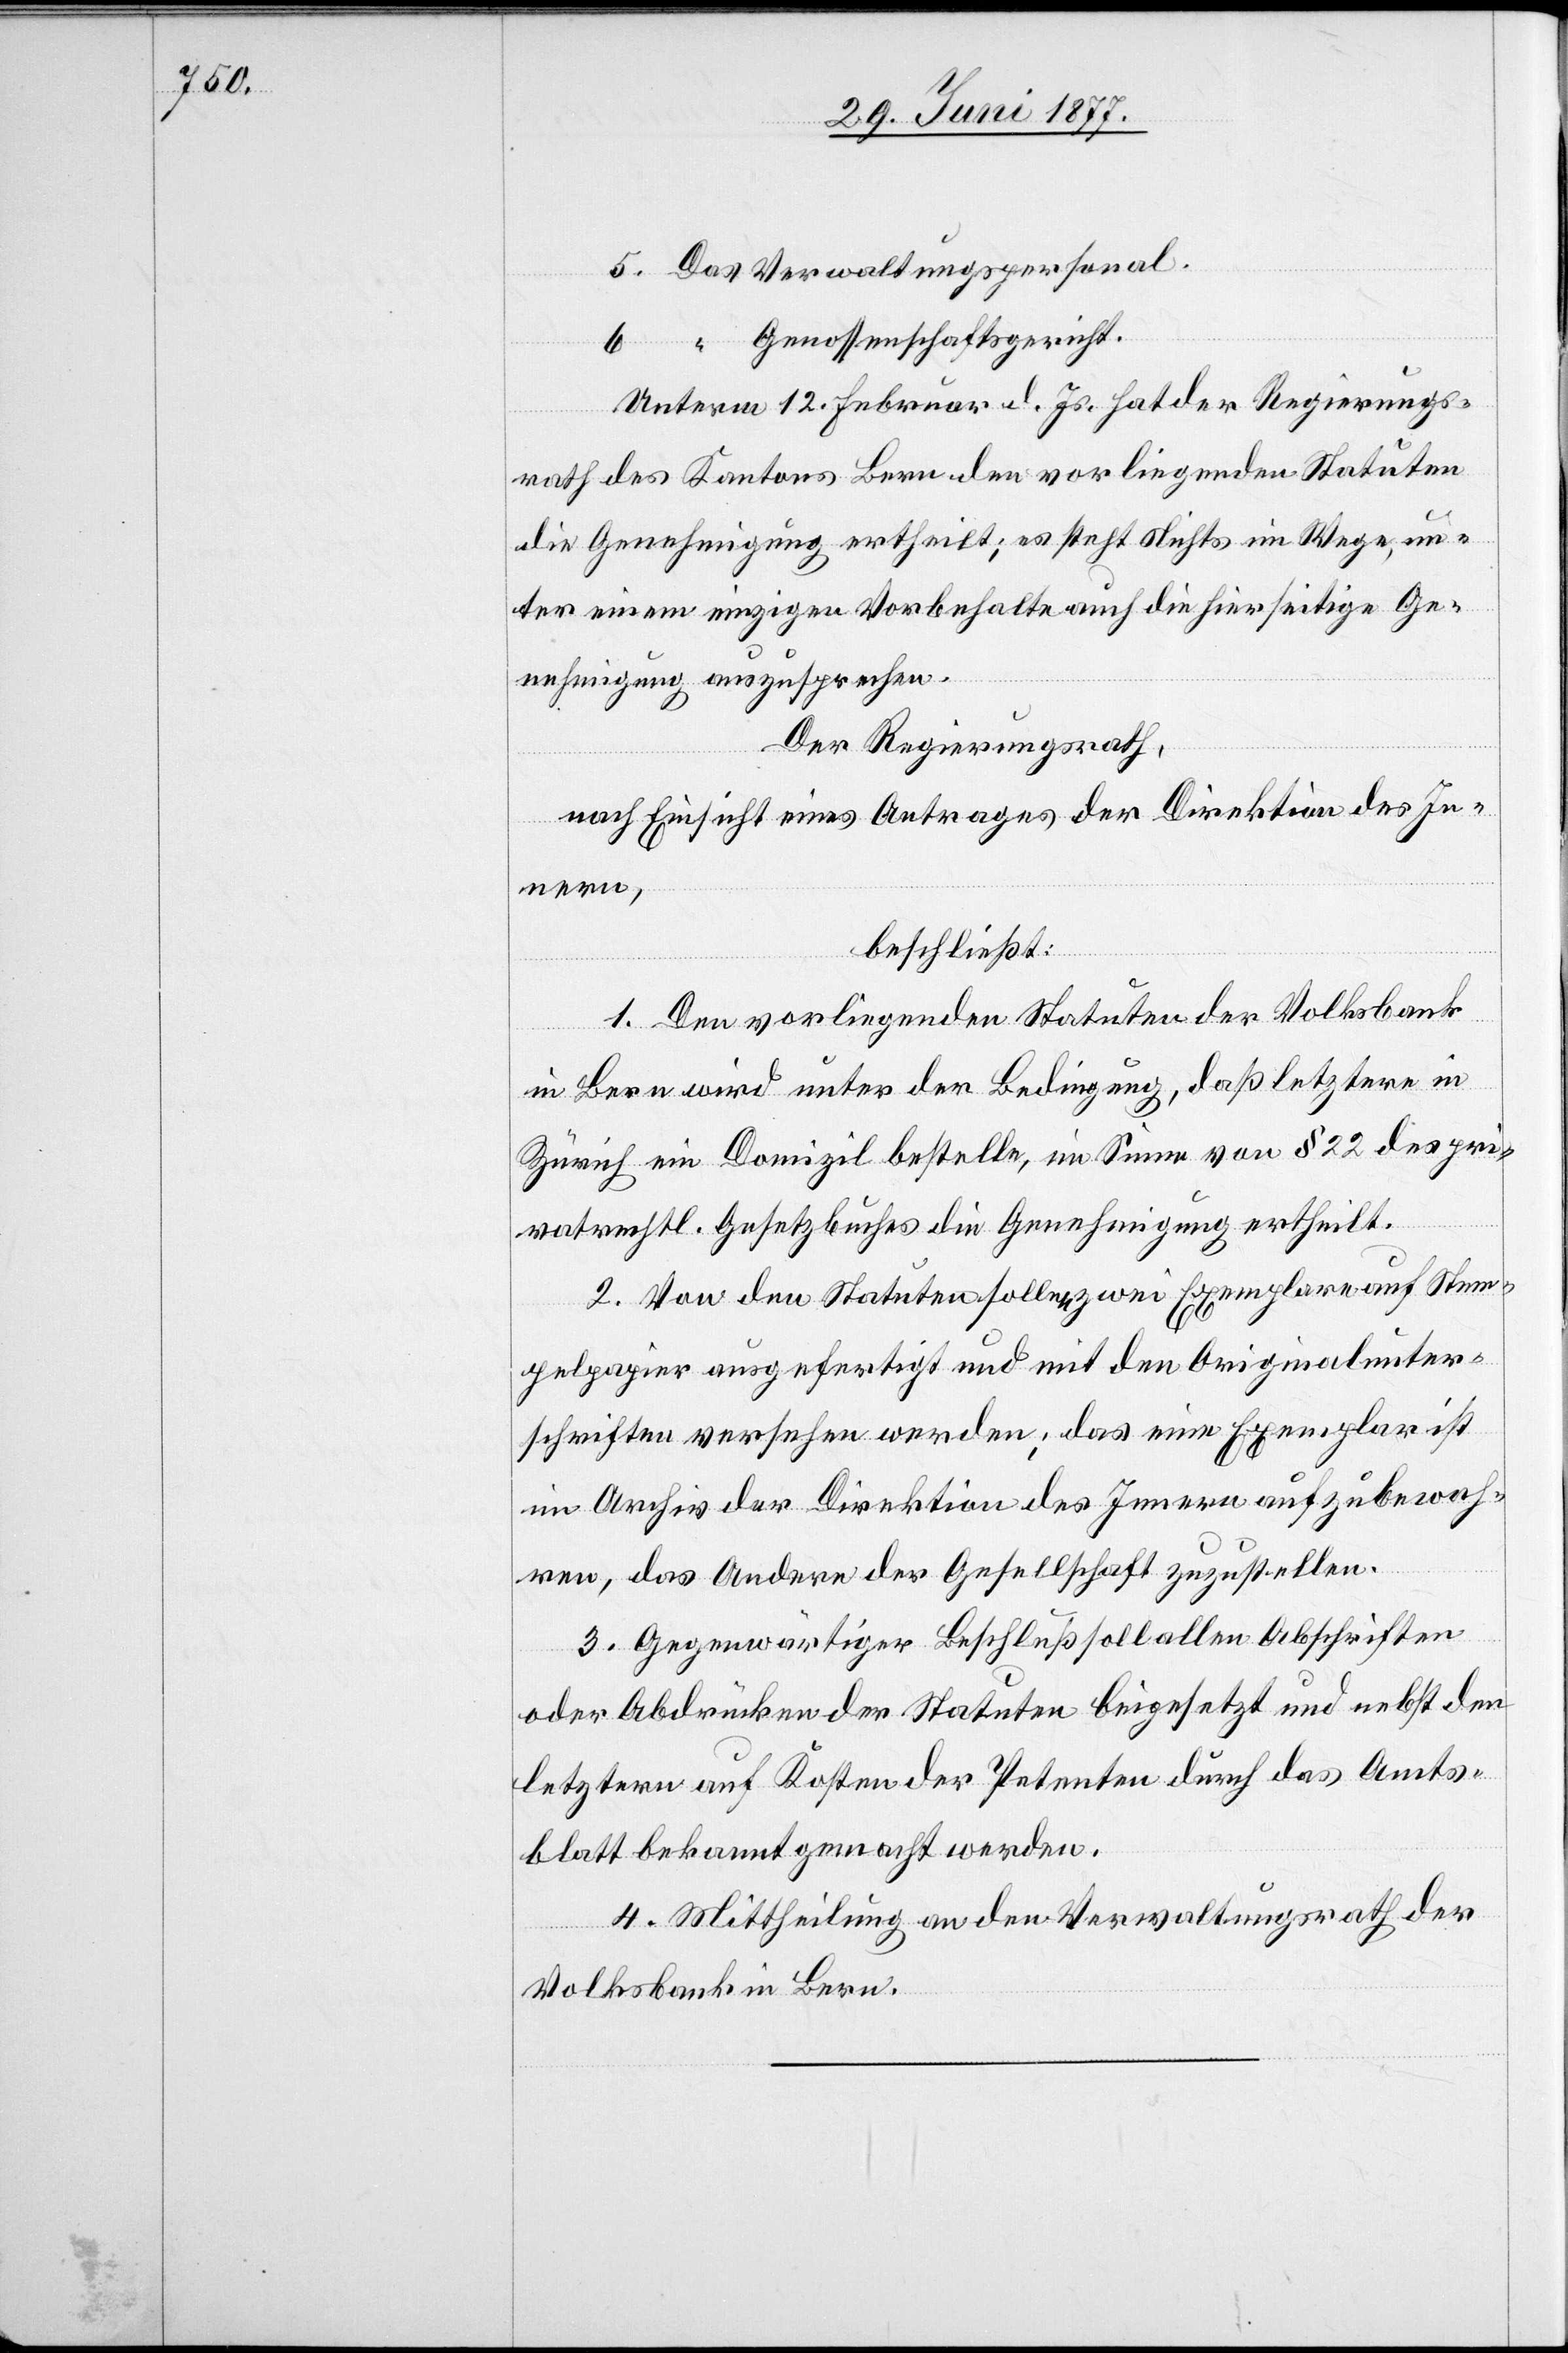
5. Das Verwaltungspersonal.
6. [Das] Genosssenschaftsgericht.
Unterm 12. Februar d. Js. hat der Regierungs¬
rath des Kantons Bern den vorliegenden Statuten
die Genehmigung ertheilt; es steht Nichts im Wege, un¬
ter einem einzigen Vorbehalte auch die hierseitige Ge¬
nehmigung auszusprechen.
Der Regierungsrath,
nach Einsicht eines Antrages der Direktion des In¬
nern,
beschließt:
1. Den vorliegenden Statuten der Volksbank
in Bern wird unter der Bedingung, daß letztere in
Zürich ein Domizil bestelle, im Sinne von § 22 des pri¬
vatrechtl. Gesetzbuches die Genehmigung ertheilt.
2. Von den Statuten sollen zwei Exemplare auf Stem¬
pelpapier ausgefertigt und mit den Originalunter¬
schriften versehen werden; das eine Exemplar ist
im Archiv der Direktion des Innern aufzubewah¬
ren, das Andere der Gesellschaft zuzustellen.
3. Gegenwärtiger Beschluß soll allen Abschriften
oder Abdrücken der Statuten beigesetzt und nebst den
letztern auf Kosten der Petenten durch das Amts¬
blatt bekannt gemacht werden.
4. Mittheilung an den Verwaltungsrath der
Volksbank in Bern.